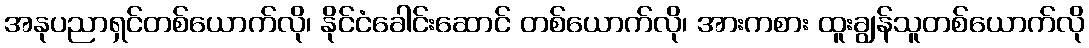
အနုပညာရှင်တစ်ယောက်လို၊ နိုင်ငံခေါင်းဆောင် တစ်ယောက်လို၊ အားကစား ထူးချွန်သူတစ်ယောက်လို